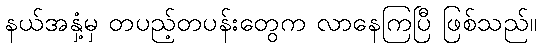
နယ်အနှံ့မှ တပည့်တပန်းတွေက လာနေကြပြီ ဖြစ်သည်။